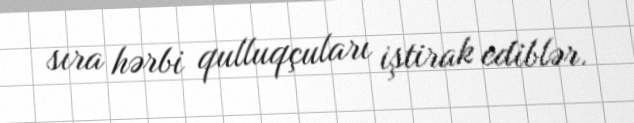
sıra hərbi qulluqçuları iştirak ediblər.